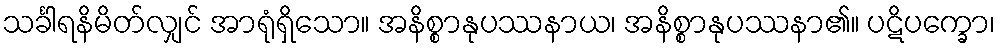
သင်္ခါရနိမိတ်လျှင် အာရုံရှိသော။ အနိစ္စာနုပဿနာယ၊ အနိစ္စာနုပဿနာ၏။ ပဋိပက္ခော၊